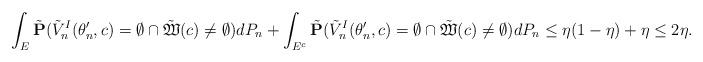
LaTeX: \begin{align*}\int_{E}\tilde{\mathbf P}(\tilde V^I_n(\theta'_n,c)=\emptyset\cap\tilde{\mathfrak{W}}(c)\ne\emptyset)dP_n+\int_{E^c}\tilde{\mathbf P}(\tilde V^I_n(\theta'_n,c)=\emptyset\cap\tilde{\mathfrak{W}}(c)\ne\emptyset)dP_n\le \eta(1-\eta)+\eta\le 2\eta.\end{align*}